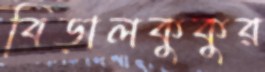
বিড়ালকুকুর